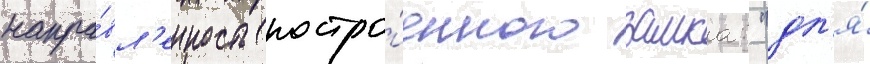
напра́вл'енность постро́енного замка: "дл'я́